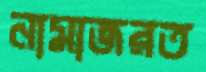
নামাজরত